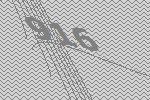
916